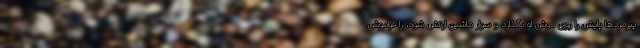
پیرمردها پایش را روی دوش او بگذارد و سوار ماشین ارتش شود، را فراموش